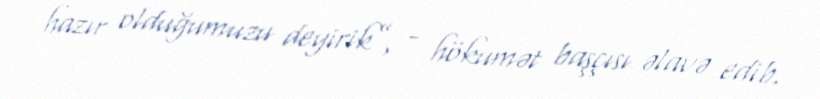
hazır olduğumuzu deyirik”, - hökumət başçısı əlavə edib.